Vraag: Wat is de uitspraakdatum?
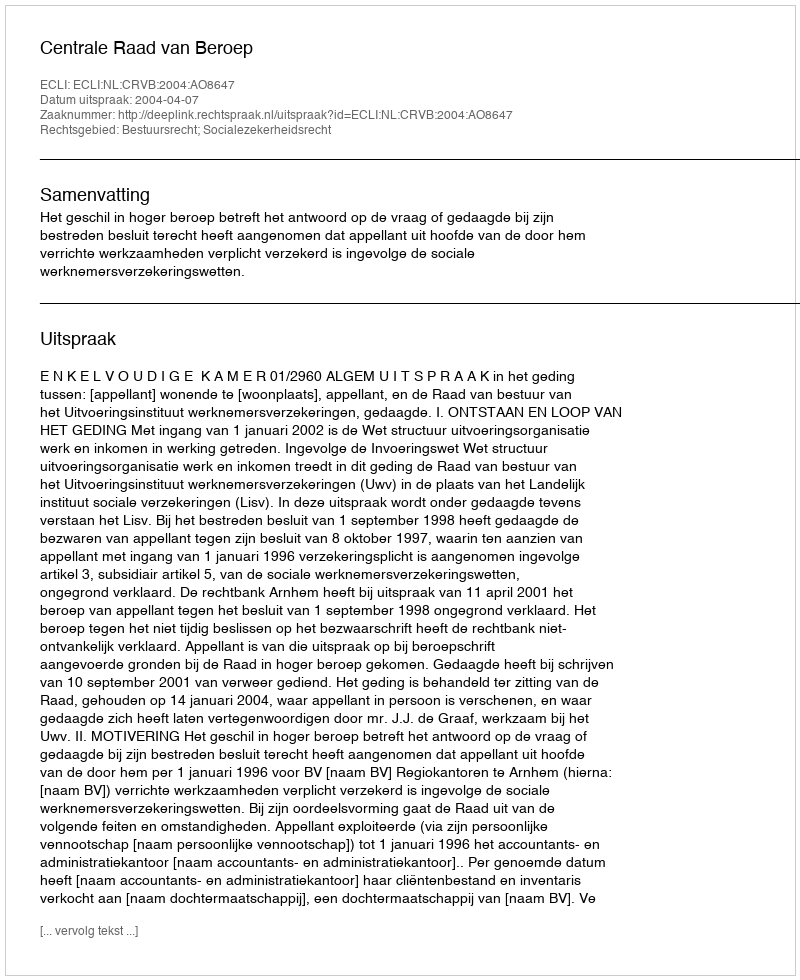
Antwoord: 2004-04-07